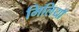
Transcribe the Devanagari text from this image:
मिलियाँ